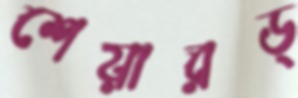
শেয়ারড্